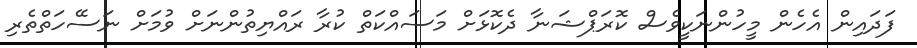
ފަދައިން އެހެން މީހުންނަކީވެސް ކޮރަޕްޝަނާ ދެކޮޅަށް މަސައްކަތް ކުރާ ރައްޔިތުންނަށް ވުމަށް ނަސޭހަތްތެރި